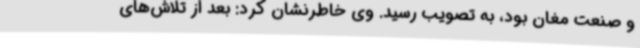
و صنعت مغان بود، به تصویب رسید. وی خاطرنشان کرد: بعد از تلاش‌های